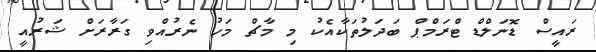
ރައީސް ޑޮނަލްޑް ޓްރަމްޕް ބަދަލުތަކާއެކު މި މާޗް މަހު ނެރުއްވި ގަރާރަށް ޝަރުއީ